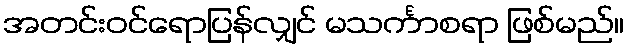
အတင်းဝင်ရောပြန်လျှင် မသင်္ကာစရာ ဖြစ်မည်။